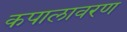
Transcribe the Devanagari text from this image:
कपालावरण